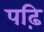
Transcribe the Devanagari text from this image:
पढ़ि